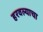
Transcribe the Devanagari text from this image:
हरवल्याचा